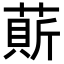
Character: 𦹱